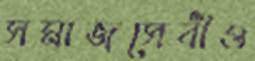
সমাজসেবীও